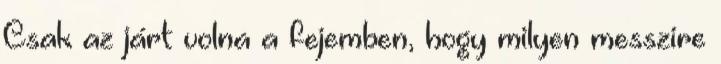
Csak az járt volna a fejemben, hogy milyen messzire